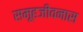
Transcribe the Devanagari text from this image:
समूहजीवनास